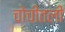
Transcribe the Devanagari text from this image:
चोचीतली